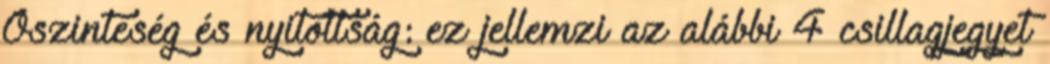
Őszinteség és nyitottság: ez jellemzi az alábbi 4 csillagjegyet